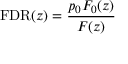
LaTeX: \mathrm { F D R } ( z ) = { \frac { p _ { 0 } F _ { 0 } ( z ) } { F ( z ) } }